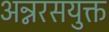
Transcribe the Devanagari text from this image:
अन्नरसयुक्त